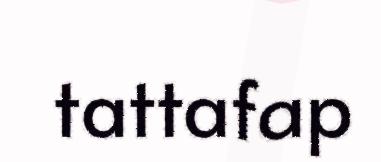
tattafap